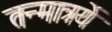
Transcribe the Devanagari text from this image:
तन्मात्रयें